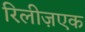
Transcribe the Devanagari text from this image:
रिलीज़एक